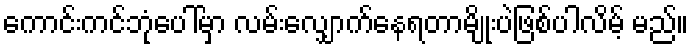
ကောင်းကင်ဘုံပေါ်မှာ လမ်းလျှောက်နေရတာမျိုးပဲဖြစ်ပါလိမ့် မည်။